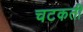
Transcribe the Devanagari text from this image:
चटकती